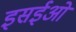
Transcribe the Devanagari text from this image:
इसईओं